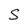
Character: S